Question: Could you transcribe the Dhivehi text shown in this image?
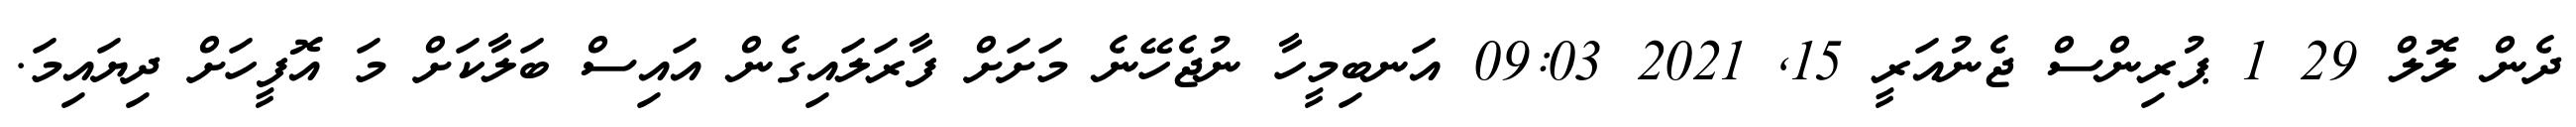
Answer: ދެން ލޮލް 29 1 ޕުރިންސް ޖެނުއަރީ 15, 2021 09:03 އަނބިމީހާ ނުޖެހޭނެ މަށަށް ފާރަލައިގެން އައިސް ބަލާކަށް މަ އޮފީހަށް ދިޔައިމަ.